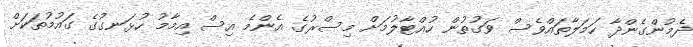
ދެމުންގެންދާ ހަމަލާތައްވެސް ވަގުތުން ހުއްޓާލުމަށް މިސްރުގެ އެންމެ އިސް އިމާމު ހުޅަނގުގެ ގައުމުތަކަށް